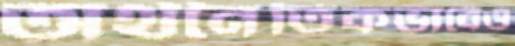
অর্থনৈতিকভাবেও